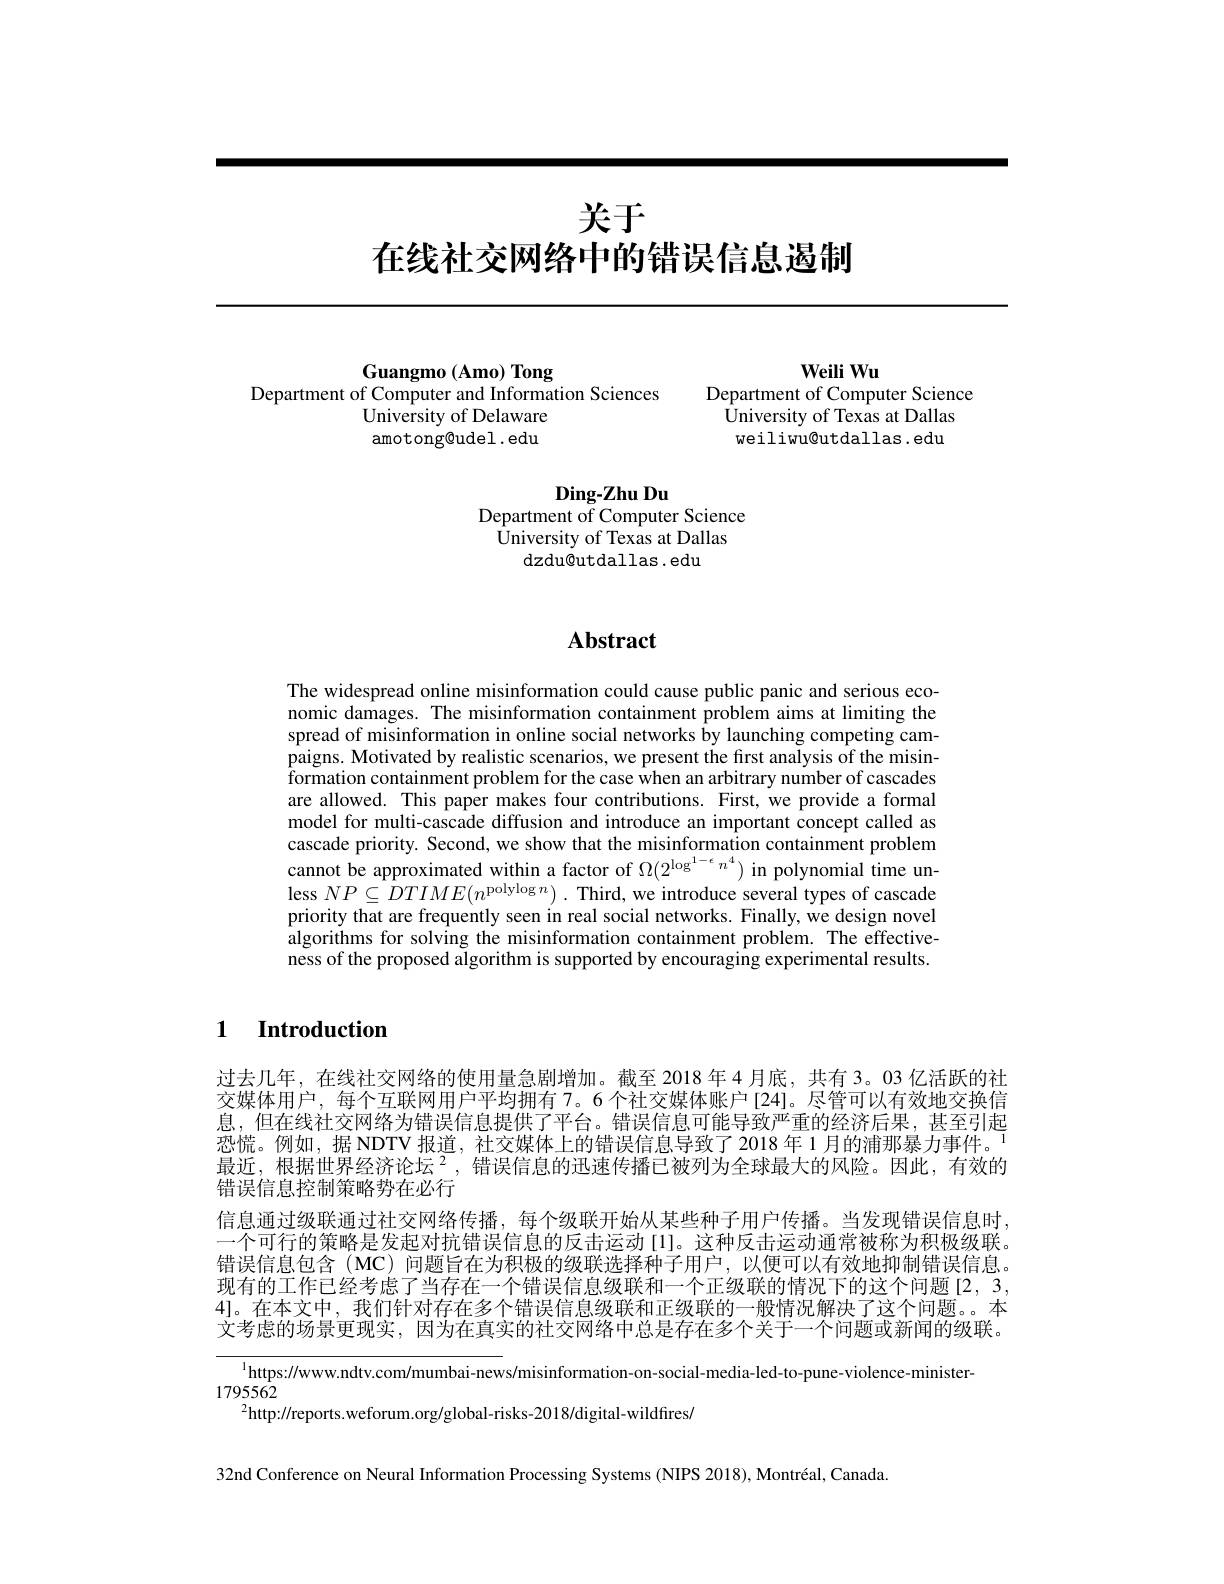
# 关于在线社交网络中的错误信息遏制

<table>
	<tbody>
		<tr>
			<td>University of Delaware</td>
			<td>University of Texas at Dallas</td>
		</tr>
		<tr>
			<td>amotong@udel. edu</td>
			<td>weiliwu@utdallas.edu</td>
		</tr>
	</tbody>
</table>

$Ding-ZhuDu$
Department of Computer Science
University of Texas at Dallas
dzdu@utdallas .edu

## $\mathbf{Abstract}$

The widespread online misinformation could cause public panic and serious economic damages. The misinformation containment problem aims at limiting the spread of misinformation in online social networks by launching competing campaigns. Motivated by realistic scenarios, we present the first analysis of the misin- $\tilde{\text{formation containment problem for the case when an arbitrary number of cascades}}$ are allowed. This paper makes four contributions. First, we provide a formal model for multi-cascade diffusion and introduce an important concept called as cascade priority. Second, we show that the misinformation containment problem cannot be approximated within a factor of $\Omega(2^{\log^{1-\epsilon}n^4})$ in polynomial time unless $NP\subseteq \hat{D} TIME( n^{\mathrm{polylog~}n})$ . Third, we introduce several types of cascade priority that are frequently seen in real social networks. Finally, we design novel algorithms for solving the misinformation containment problem. The effectiveness of the proposed algorithm is supported by encouraging experimental results

1 Introduction

过去几年，在线社交网络的使用量急剧增加。截至 2018 年 4 月底，共有 3。03 亿活跃的社交媒体用户，每个互联网用户平均拥有 7。6 个社交媒体账户[24]。尽管可以有效地交换信息，但在线社交网络为错误信息提供了平台。错误信息可能导致严重的经济后果，甚至引起恐慌。例如，据 NDTV 报道，社交媒体上的错误信息导致了 2018 年 1 月的浦那暴力事件。$^{1}$ 最近，根据世界经济论坛$^2$,错误信息的迅速传播已被列为全球最大的风险。因此，有效的错误信息控制策略势在必行
信息通过级联通过社交网络传播，每个级联开始从某些种子用户传播。当发现错误信息时， 一个可行的策略是发起对抗错误信息的反击运动[1]。这种反击运动通常被称为积极级联。错误信息包含(MC)问题旨在为积极的级联选择种子用户，以便可以有效地抑制错误信息。现有的工作已经考虑了当存在一个错误信息级联和一个正级联的情况下的这个问题[2,3, 4]。在本文中，我们针对存在多个错误信息级联和正级联的一般情况解决了这个问题。。本文考虑的场景更现实，因为在真实的社交网络中总是存在多个关于一个问题或新闻的级联。

$^{1}$https://www.ndtv.com/mumbai-news/misinformation-on-social-media-led-to-pune-violence-minister-
1795562
$^{2}$http://reports.weforum.org/global-risks-2018/digital-wildfires/

32nd Conference on Neural Information Processing Systems (NIPS 2018), Montréal, Canada